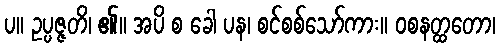
ပ။ ဥပ္ပဇ္ဇတိ၊ ၏။ အပိ စ ခေါ ပန၊ စင်စစ်သော်ကား။ ဝစနတ္ထတော၊